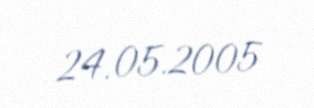
24.05.2005